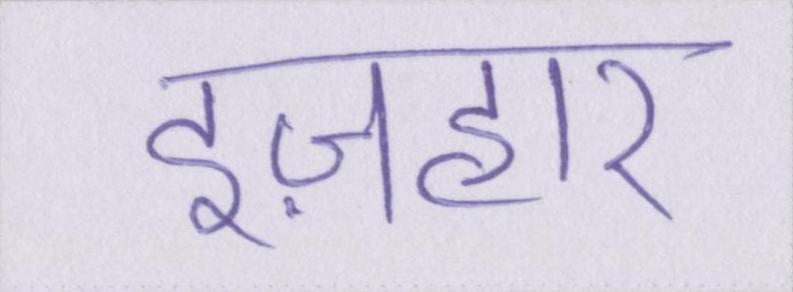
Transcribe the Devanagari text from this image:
इज़हार